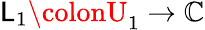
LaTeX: \mathsf{L}_{1}\colonU_{1}\to\mathbb{{C}}